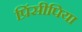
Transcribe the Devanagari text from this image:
प्रिंसीपिया